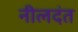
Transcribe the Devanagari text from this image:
नीलदंत